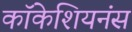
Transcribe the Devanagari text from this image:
कॉकेशियनंस